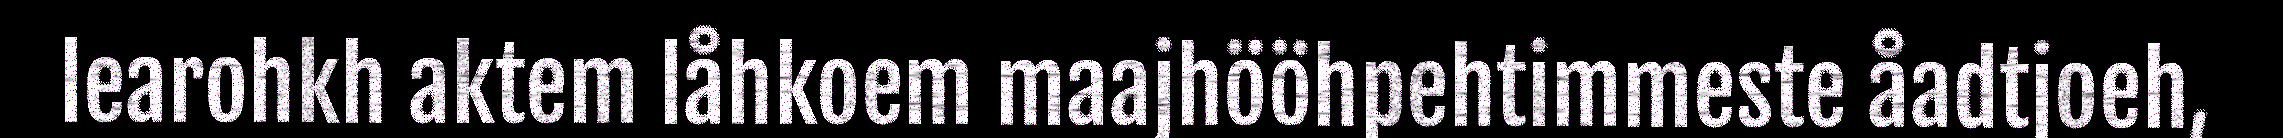
learohkh aktem låhkoem maajhööhpehtimmeste åadtjoeh,